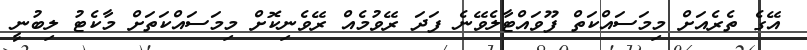
އޭގެ ތެރެއަށް މިމަސައްކަތް ފޫވައްޓާލެވޭނެ ފަދަ ރޭވުމެއް ރޭވެނިކޮށް މިމަސައްކަތަށް މާކެޓު ލިބުނީ